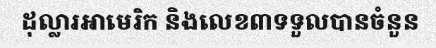
ដុល្លារអាមេរិក និងលេខ៣ទទួលបានចំនួន